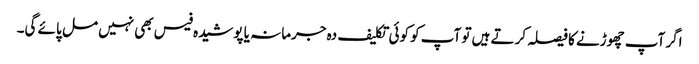
اگر آپ چھوڑنے کا فیصلہ کرتے ہیں تو آپ کو کوئی تکلیف دہ جرمانہ یا پوشیدہ فیس بھی نہیں مل پائے گی۔